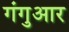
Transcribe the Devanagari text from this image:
गंगुआर